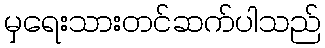
မှရေးသားတင်ဆက်ပါသည်